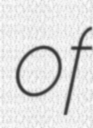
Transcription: of